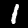
Label: 1